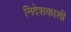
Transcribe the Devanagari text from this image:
निदेशकाशी